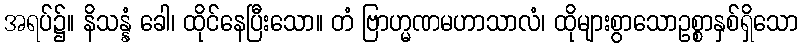
အရပ်၌။ နိသန္နံ ခေါ၊ ထိုင်နေပြီးသော။ တံ ဗြာဟ္မဏမဟာသာလံ၊ ထိုများစွာသောဥစ္စာနှစ်ရှိသော